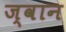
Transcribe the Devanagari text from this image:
ज्वान